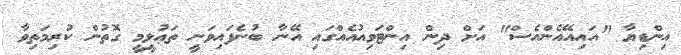
އިންޑިޔާ "އައިއޭއެންއެސް" އަށް ދިން އިންޓަވިއުއެއްގައި އޭނާ ބުނެފައިވަނީ ތަޢުލީމީ ގޮތުން ކުރިމަތިވާ